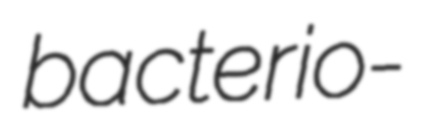
bacterio-